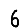
Digit: 6